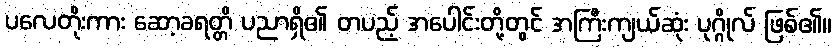
ပလေတိုးကား ဆော့ခရတ္တိ ပညာရှိ၏ တပည့် အပေါင်းတို့တွင် အကြီးကျယ်ဆုံး ပုဂ္ဂိုလ် ဖြစ်၏။